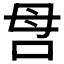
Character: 𠰔